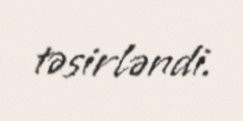
təsirləndi.